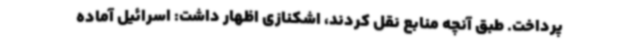
پرداخت. طبق آنچه منابع نقل کردند، اشکنازی اظهار داشت: اسرائیل آماده